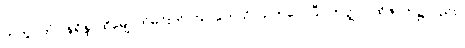
တကွ။ တံဝါနရိန္ဒံ၊ ထိုမျောက်မင်းကို။ ဃာတေသိ၊ သတ်လေပြီ။ တတ္ထပိ၊ ထိုဇာတ်၌လည်း။